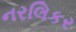
નરલિકર